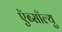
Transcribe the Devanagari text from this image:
ऍब्सॉल्यु